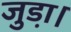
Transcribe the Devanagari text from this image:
जुडा़।